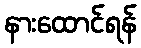
နားထောင်ရန်